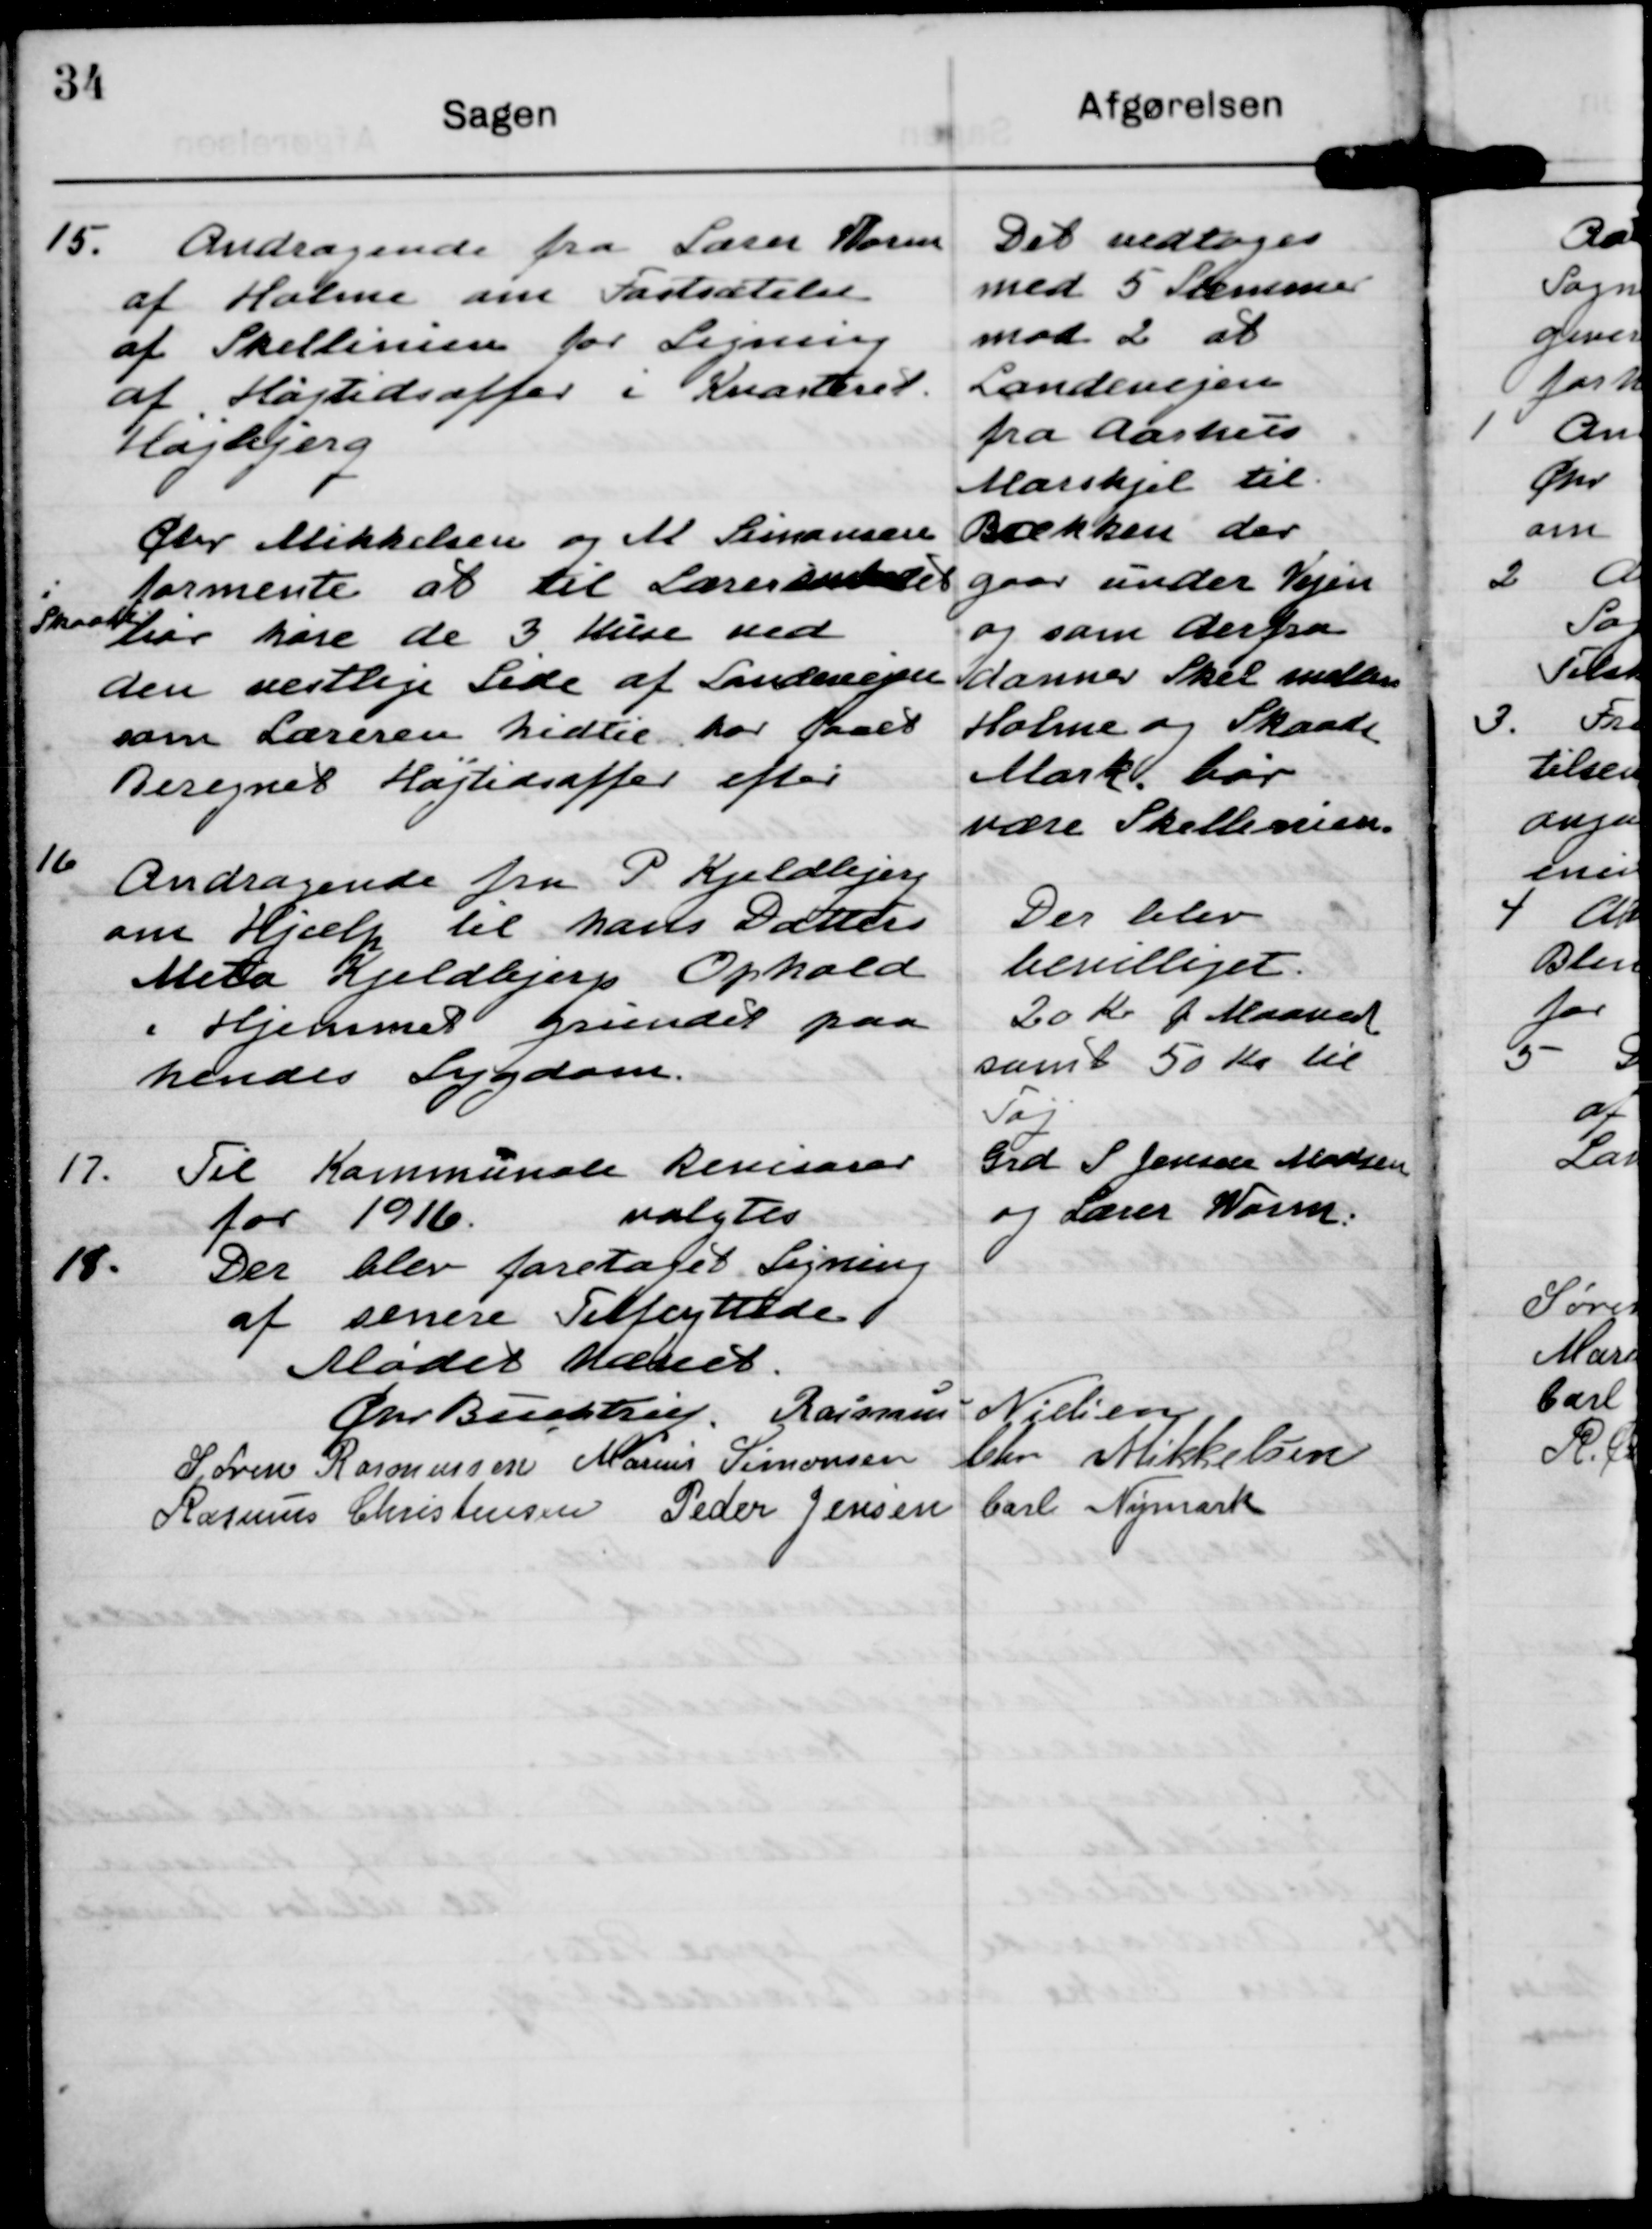
Transskription:
15. Andragende fra Lærer Boren
af Holme om Fastsætelse
af Skellemen for Ligning
af Flastedsoffer i Knarterel
Harbejerg
Cher Mikkelsen og M Simonsen
formente at til Læreraandet

Det vedtoges
med 5 Stemmer
mod 2 at
Landenejen
fra Aarhus
Marskjel til
Brækken der
gaar under Vejen
og som derfra
danner Skal møllem
Holme og Skaade
Mark bør
være Skelleien.

5
Skaate

har hare de 3 Hlse med
den vestlige Side af Sandeveper
som Læreren hedlig for PSaaed
Beregnet Højtidsaffer efter

16
Andragende fra P Kjeldbjerg
om Hjælp til harts Datters
Meta Kjeldbjerg Ophold
i Hjemmer Grundet paa
hendes Sygdom.

Der blev
bevilliget.
20 Kr p Maaned
samt 50 Kr til
Påj

17. Til Kommunale kenissar
for 1916.
valgtes

Grd P Jensen Madsen
og Lærer Varm.

18. Der blev foresaget Ligning
af senere Tilflgtelde

Mødet Hæaet.

Chr Bestrn

Rasmus Nielsen

Søren Rasmussen

Marius Simonsen

blev Mikkelsen

Rasmus Christensen

Peder Jensen

Carl Nemark